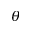
\theta